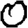
Digit: 0